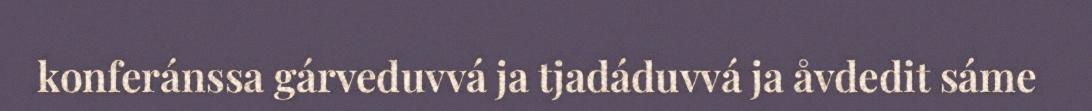
konferánssa gárveduvvá ja tjadáduvvá ja åvdedit sáme